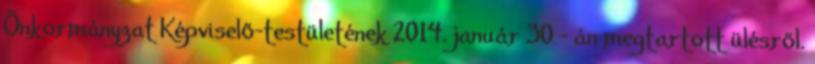
Önkormányzat Képviselő-testületének 2014. január 30 - án megtartott ülésről.